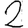
Digit: 2